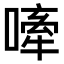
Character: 𫫣